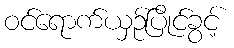
ဝင်ရောက်ယှဉ်ပြိုင်ခွင့်